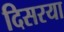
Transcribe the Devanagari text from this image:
दिसरया